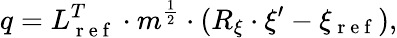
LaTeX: q=L_{\mathrm{~r~e~f~}}^{T}\cdot m^{\frac{1}{2}}\cdot(R_{\xi}\cdot\xi^{\prime}-\xi_{\mathrm{~r~e~f~}}),